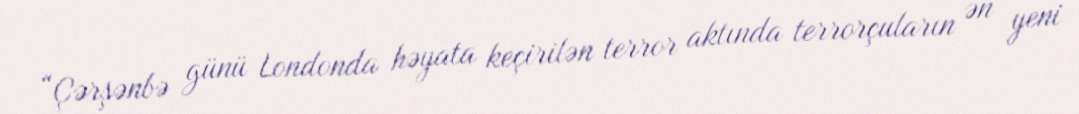
“Çərşənbə günü Londonda həyata keçirilən terror aktında terrorçuların ən yeni